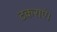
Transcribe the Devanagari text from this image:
टकराएं।